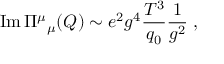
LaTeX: \mathrm { I m } \, \Pi { } ^ { \mu } { } _ { \mu } ( Q ) \sim e ^ { 2 } g ^ { 4 } { \frac { T ^ { 3 } } { q _ { 0 } } } { \frac { 1 } { g ^ { 2 } } } \; ,